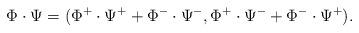
LaTeX: \begin{align*}\Phi\cdot \Psi=(\Phi^+\cdot \Psi^++\Phi^-\cdot \Psi^-,\Phi^+\cdot \Psi^-+\Phi^-\cdot \Psi^+).\end{align*}